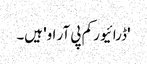
'ڈرائیور کم پی آر او' ہیں۔